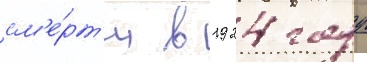
см'е́рт'и в 1924 году